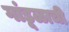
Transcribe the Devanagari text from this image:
गांडूळाची